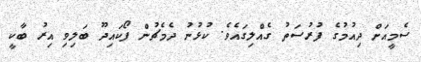
ސެމީއަށް ދިއުމުގެ ފުރުސަތު ގެއްލިގައެވެ. ކުޅުނު ދެމެޗުން ފޯކައިދޫ ބަލިވި އިރު ބާކީ